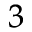
_ 3